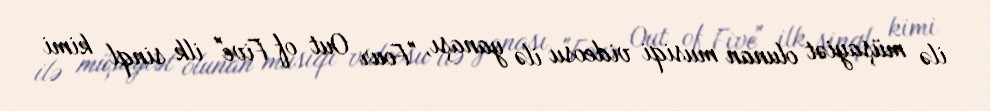
ilə müşayiət olunan musiqi videosu ilə yanaşı, "Four Out of Five" ilk sinql kimi